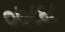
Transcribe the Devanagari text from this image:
०७८६८